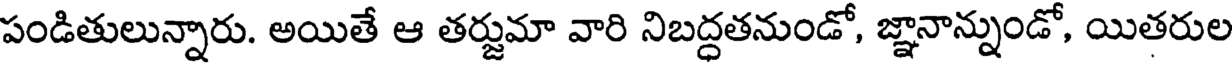
పండితులున్నారు. అయితే ఆ తర్జుమా వారి నిబద్దతనుండో, జ్ఞానాన్నుండో, యితరుల